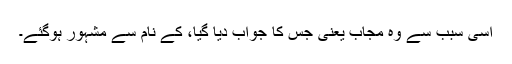
اسی سبب سے وہ مجاب یعنی جس کا جواب دیا گیا، کے نام سے مشہور ہوگئے۔